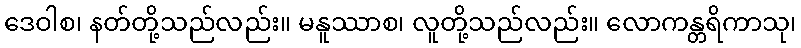
ဒေဝါစ၊ နတ်တို့သည်လည်း။ မနူဿာစ၊ လူတို့သည်လည်း။ လောကန္တရိကာသု၊